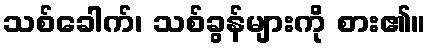
သစ်ခေါက်၊ သစ်ခွန်များကို စား၏။